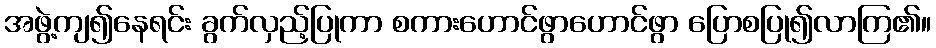
အဖွဲ့ကျ၍နေရင်း ခွက်လှည့်ပြုကာ စကားဟောင်ဖွာဟောင်ဖွာ ပြောစပြု၍လာကြ၏။